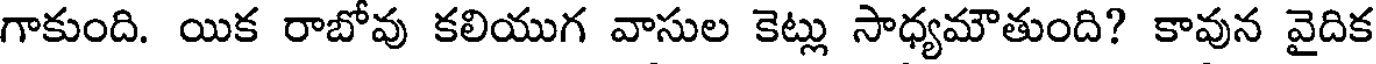
గాకుంది. యిక రాబోవు కలియుగ వాసుల కెట్లు సాధ్యమౌతుంది? కావున వైదిక